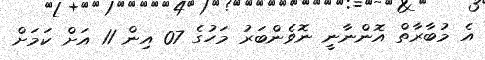
އެ މުބާރާތް އޮންނާނީ ނޮވެންބަރު މަހުގެ 07 އިން 11 އަށް ކަމަށް